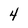
Character: 4